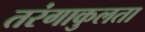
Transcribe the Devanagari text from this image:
तरंगाकुलता